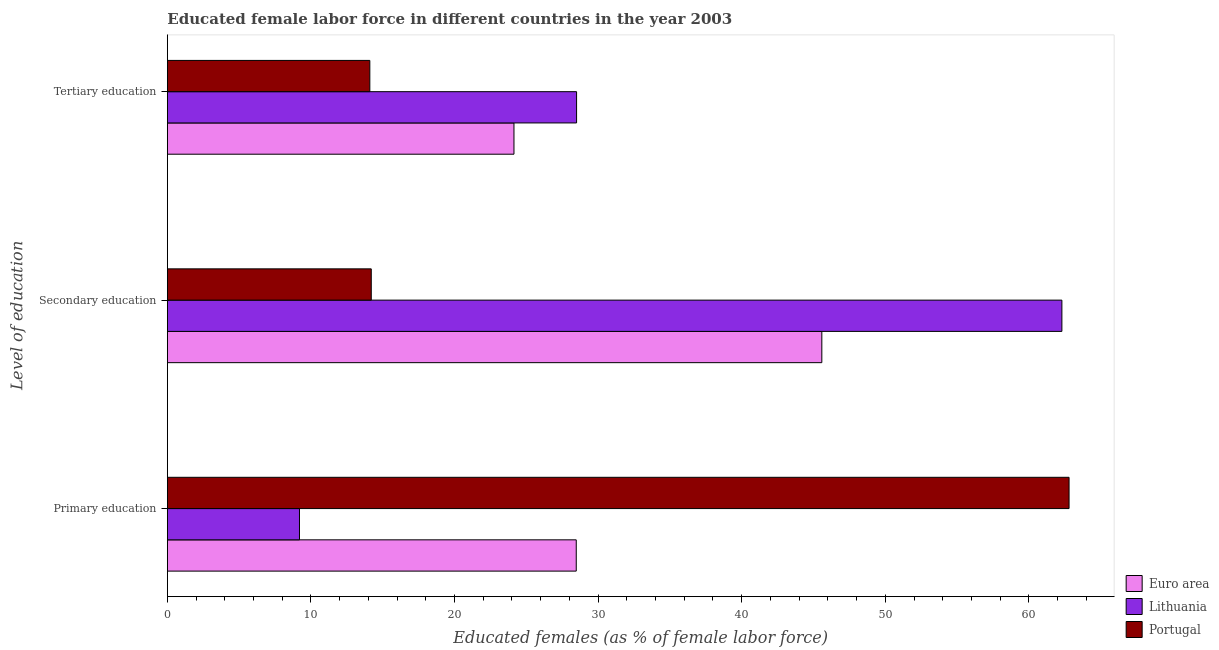
| Level of education | Euro area | Lithuania | Portugal |
 | --- | --- | --- | --- |
 | Primary education | 28.5 | 9.2 | 62.8 |
 | Secondary education | 45.6 | 62.3 | 14.2 |
 | Tertiary education | 24.1 | 28.5 | 14.1 |